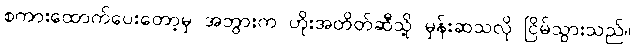
စကားထောက်ပေးတော့မှ အဘွားက ဟိုးအတိတ်ဆီသို့ မှန်းဆသလို ငြိမ်သွားသည်။